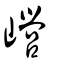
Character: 巆